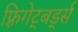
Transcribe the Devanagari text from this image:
फ़्रिगेट्बर्ड्स